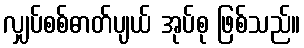
လျှပ်စစ်ဓာတ်ပျယ် အုပ်စု ဖြစ်သည်။